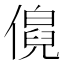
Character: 𬿹